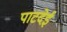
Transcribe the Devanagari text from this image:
पाटदेई